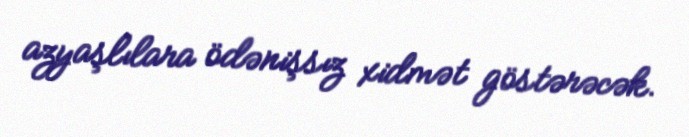
azyaşlılara ödənişsız xidmət göstərəcək.